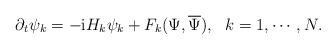
LaTeX: \begin{align*}\partial_t \psi_k =-\mathrm i H_k \psi_k + F_k(\Psi, \overline{\Psi}),\ \ k=1, \cdots, N.\end{align*}